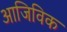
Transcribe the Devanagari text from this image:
आजिविक